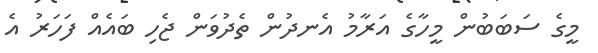
މީގެ ސަބަބުން މީހާގެ އަރާމު އެނދުން ތެދުވަން ޖެހި ބައެއް ފަހަރު އެ